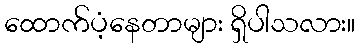
ထောက်ပံ့နေတာများ ရှိပါသလား။